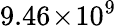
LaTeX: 9.46\! \times\! 10^{9}